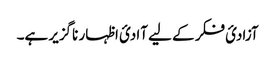
آزادیٔ فکر کے لیے آادیٔ اظہار ناگزیر ہے۔